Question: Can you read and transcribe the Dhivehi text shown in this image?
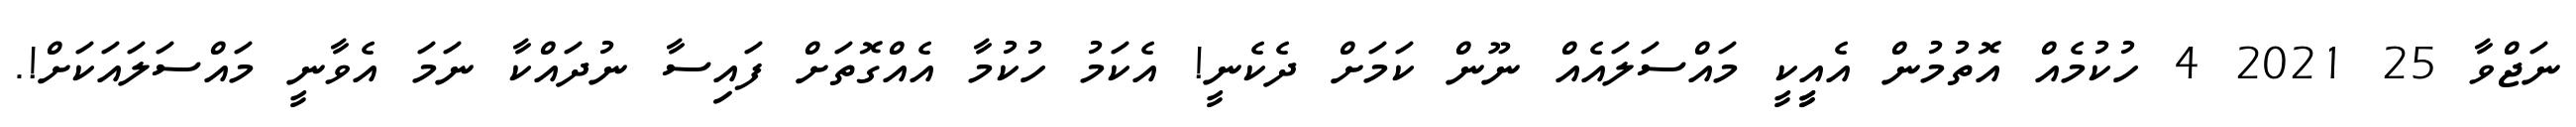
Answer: ނަޖްވާ 25 2021 4 ހުކުމެއް އޮތުމުން އެއީީކީ މައްސަލައެއް ނޫން ކަމަށް ދެކެނީ! އެކަމު ހުކުމާ އެއްގޮތަށް ފައިސާ ނުދައްކާ ނަމަ އެވާނީ މައްސަލައަކަށް!.